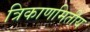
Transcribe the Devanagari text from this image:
त्रिकाणमितीय